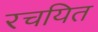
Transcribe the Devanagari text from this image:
रचयित